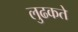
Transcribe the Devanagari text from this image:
लुढकते